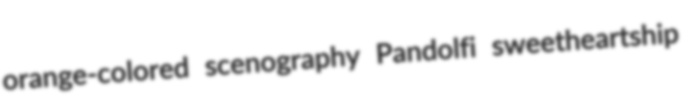
orange-colored scenography Pandolfi sweetheartship